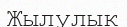
Жылулык